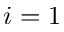
i = 1